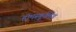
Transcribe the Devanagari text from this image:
होमस्कूलिंग